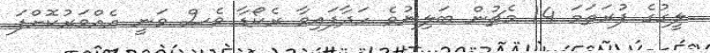
ލީގުގެ ފުރަތަމަ 14 މެޗުން ބަލިނުވެ ހަދާފައިވާ ރެކޯޑާ ވެސް ވަނީ އެއްވަރުކޮށްފަ